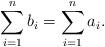
LaTeX: \begin{align*}\sum_{i=1}^n b_i = \sum_{i=1}^n a_i.\end{align*}